Circular to Secondary Education Committee, 1906
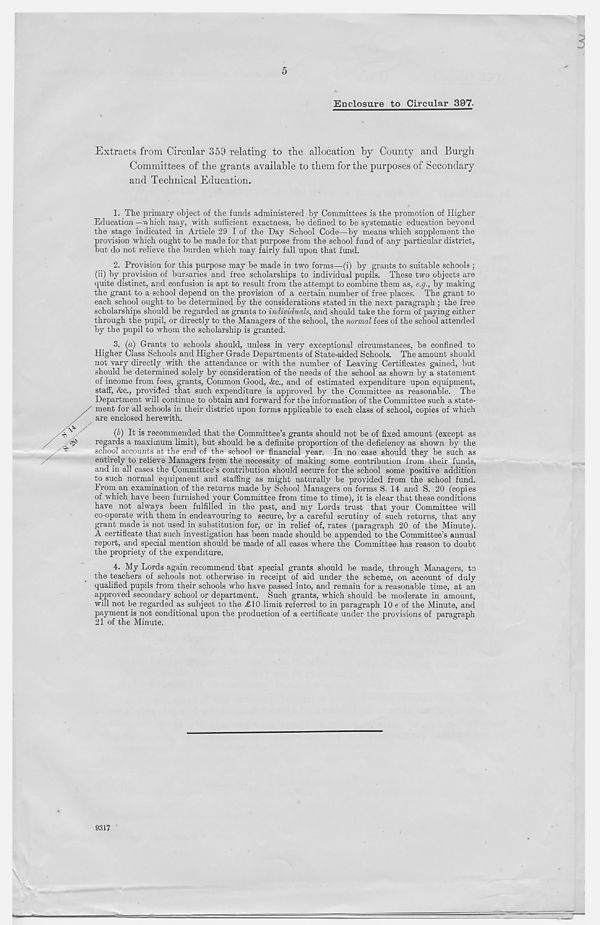
5
Enclosure to Circular 397-
Extracts from Circular 359 relating to the allocation by County and Burgh
Committees of the grants available to them for the purposes of Secondary
and Technical Education.
1. The primary object of the funds administered by Committees is the promotion of Higher
Education—w hich may, with sufficient exactness, be defined to be systematic education beyond
the stage indicated in Article 29 I of the Day School Code—by means which supplement the
provision which ought to be made for that purpose from the school fund of any particular district,
but do not relieve the burden which may fairly fall upon that fund.
2. Provision for this purpose may he made in two forms—(i) by grants to suitable schools ;
(ii) by provision of bursaries and free scholarships to individual pupils. These two objects are
quite distinct, and confusion is apt to result from the attempt to combine them as, e.g., by making
the grant to a school depend on the provision of a certain number of free places. The grant to
each school ought to be determined by the considerations stated in the next paragraph ; the free
scholarships should be regarded as grants to individuals, and should take the form of paying either
through the pupil, or directly to the Managers of the school, the normal fees of the school attended
by the pupil to whom the scholarship is granted.
3. (a) Grants to schools should, unless in very exceptional circumstances, be confined to
Higher Class Schools and Higher Grade Departments of State-aided Schools. The amount should
not vary directly with the attendance or with the number of Leaving Certificates gained, but
should be determined solely by consideration of the needs of the school as shown by a statement
of income from fees, grants, Common Good, &c., and of estimated expenditure upon equipment,
staff, Ac., provided that such expenditure is approved by the Committee as reasonable. The
Department will continue to obtain and forward for the information of the Committee such a state-
ment for all schools in their district upon forms applicable to each class of school, copies of which
are enclosed herewith.
(1) It is recommended that the Committee’s grants should not be of fixed amount (except as
regards a maximum limit), but should be a definite proportion of the deficiency as shown by the
school accounts at the end of the school or financial year. In no case should they be such as
entirely to relieve Managers from the necessity of making some contribution from their funds,
and in all cases the Committee’s contribution should secure for the school some positive addition
to such normal equipment and staffing as might naturally be provided from the school fund.
From an examination of the returns made by School Managers on forms S. 14 and S. 20 (copies
of which have been furnished your Committee from time to time), it is clear that these conditions
have not always been fulfilled in the past, and my Lords trust that your Committee will
co-operate with them in endeavouring to secure, by a careful scrutiny of such returns, that any
grant made is not used in substitution for, or in relief of, rates (paragraph 20 of the Minute).
A certificate that such investigation has been made should be appended to the Committee’s annual
report, and special mention should be made of all cases where the Committee has reason to doubt
the propriety of the expenditure.
4. My Lords again recommend that special grants should be made, through Managers, to
the teachers of schools not otherwise in receipt of aid under the scheme, on account of duly
qualified pupils from their schools who have passed into, and remain for a reasonable time, at an
approved secondary school or department. Such grants, which should be moderate in amount,
will not be regarded as subject to the £10 limit referred to in paragraph 10 e of the Minute, and
payment is not conditional upon the production of a certificate under the provisions of paragraph
21 of the Minute.